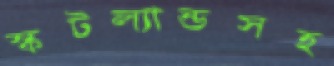
স্কটল্যান্ডসহ